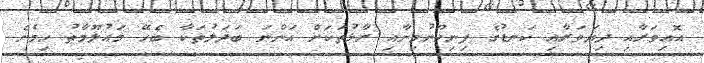
އޮއިވަރާއި ދިޔަވަރާއި ކަނޑުގެ ފިނިހޫނުމިނާއި ރާޅުތަކަށް އަންނަ ބަދަލުތަކާ ބެހޭ މައުލޫމާތު ހިމެނެ